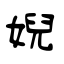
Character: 婗